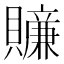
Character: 𧸜